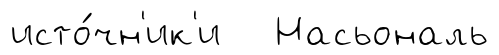
исто́чн'ик'и Насьональ